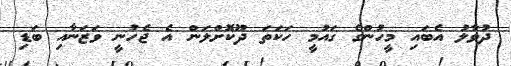
ދުވާލު އެބައި މީހުންގެ ގައުމީ ހަކަތަ ދޫކޮށްލަން އެ ޖެހުނީ ވަޒަނާއި ބަޑި